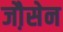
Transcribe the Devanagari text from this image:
जौ़सेन